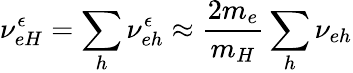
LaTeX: {\nu_{eH}^{\epsilon}=\sum_{h}{\nu}_{eh}^{\epsilon}\approx\frac{2m_{e}}{m_{H}}\sum_{h}{\nu}_{eh}}